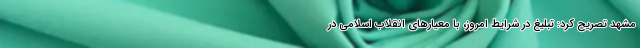
مشهد تصریح کرد: تبلیغ در شرایط امروز، با معیار‌های انقلاب اسلامی در